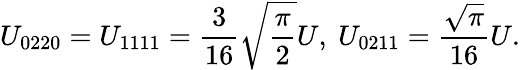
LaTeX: U_{0220}=U_{1111}=\frac{3}{16}\sqrt{\frac{\pi}{2}}U,\ U_{0211}=\frac{\sqrt{\pi}}{16}U.